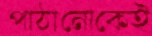
পাঠানোকেই